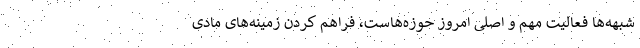
شبهه‌ها فعالیت مهم و اصلی امروز حوزه‌هاست، فراهم کردن زمینه‌های مادی